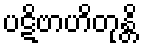
ပဋိဗာဟိတုန္တိ